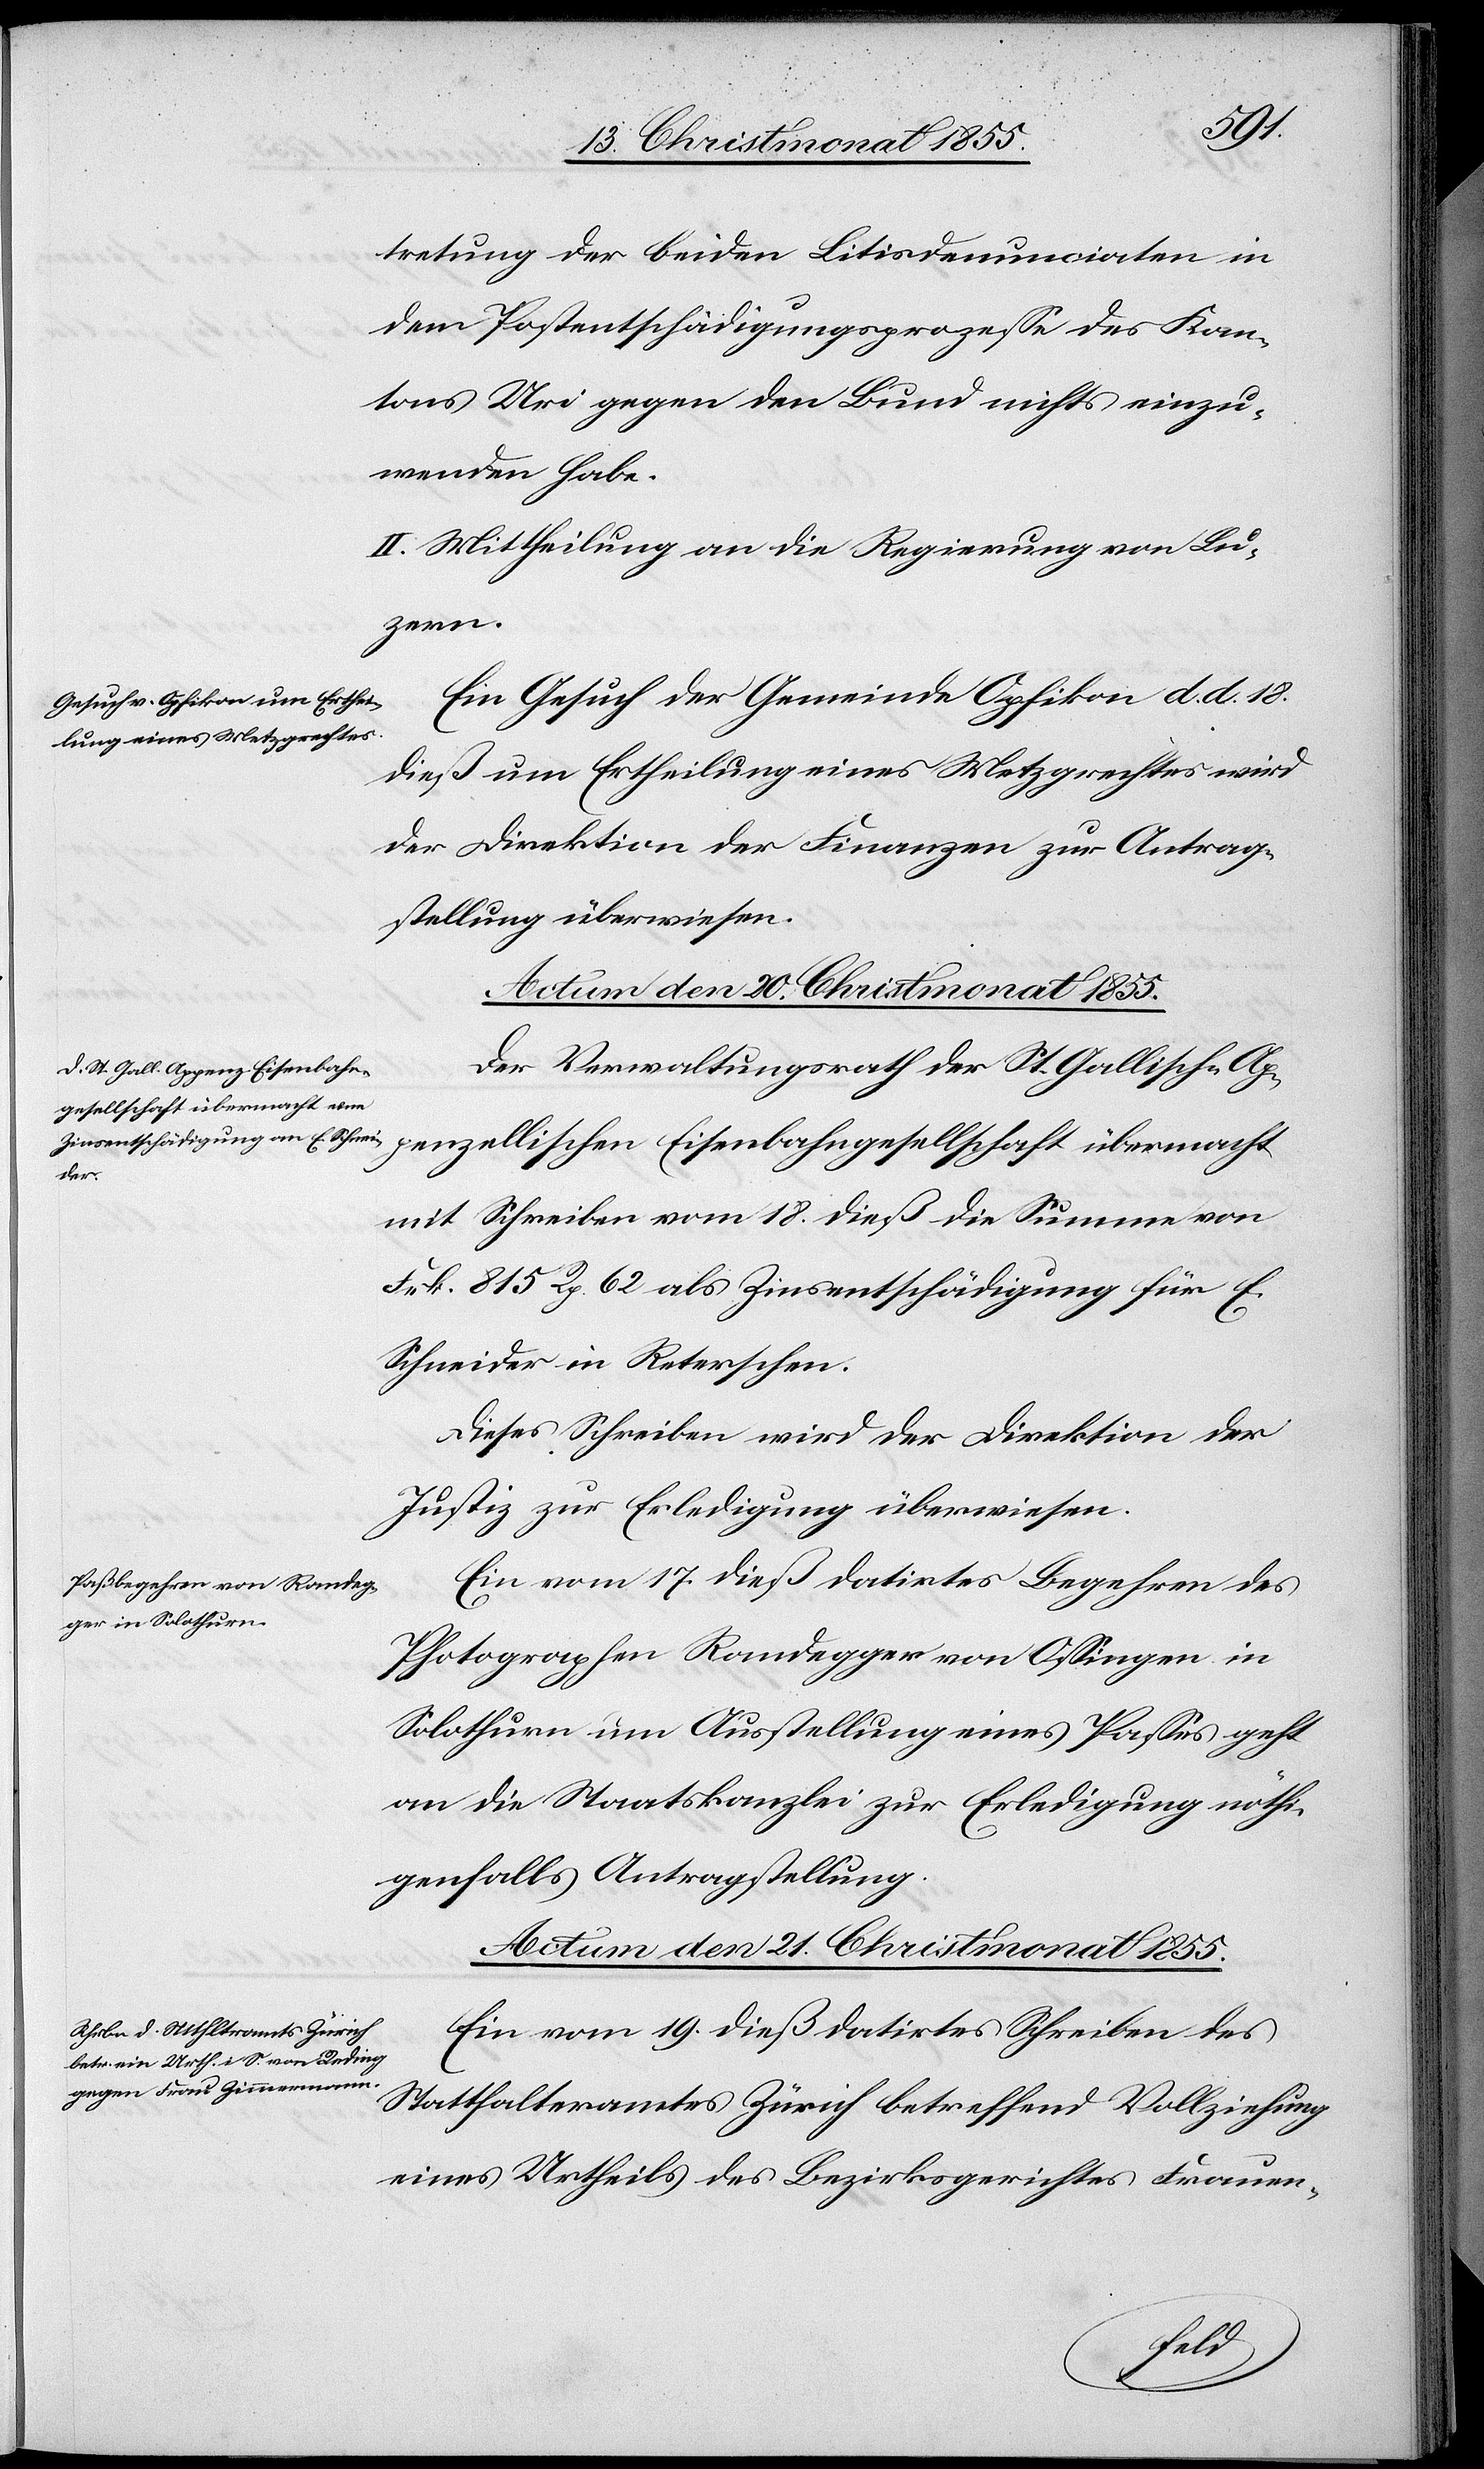
tretung der beiden Litisdenunciaten in
dem Postentschädigungsprozesse des Kan¬
tons Uri gegen den Bund nichts einzu¬
wenden habe.
II. Mittheilung an die Regierung von Lu¬
zern.
Ein Gesuch der Gemeinde Opfikon d. d. 18.
dieß um Ertheilung eines Metzgrechtes wird
der Direktion der Finanzen zur Antrag¬
stellung überwiesen.
Actum den 20. Christmonat 1855.]
Der Verwaltungsrath der St. Gallisch-Ap¬
penzellischen Eisenbahngesellschaft übermacht
mit Schreiben vom 18. dieß die Summe von
Frk. 815 Rp. 62 als Zinsentschädigung für E.
Schneider in Reterschen.
Dieses Schreiben wird der Direktion der
Justiz zur Erledigung überwiesen.
Ein vom 17. dieß datirtes Begehren des
Photographen Randegger von Ossingen in
Solothurn um Ausstellung eines Passes geht
an die Staatskanzlei zur Erledigung nöthi¬
genfalls Antragstellung.
Actum den 21. Christmonat 1855.
Ein vom 19. dieß datirtes Schreiben des
Statthalteramtes Zürich betreffend Vollziehung
eines Urtheils des Bezirksgerichtes Frauen-